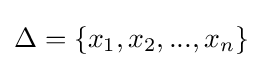
\Delta =\{x_{1},x_{2},...,x_{n}\}